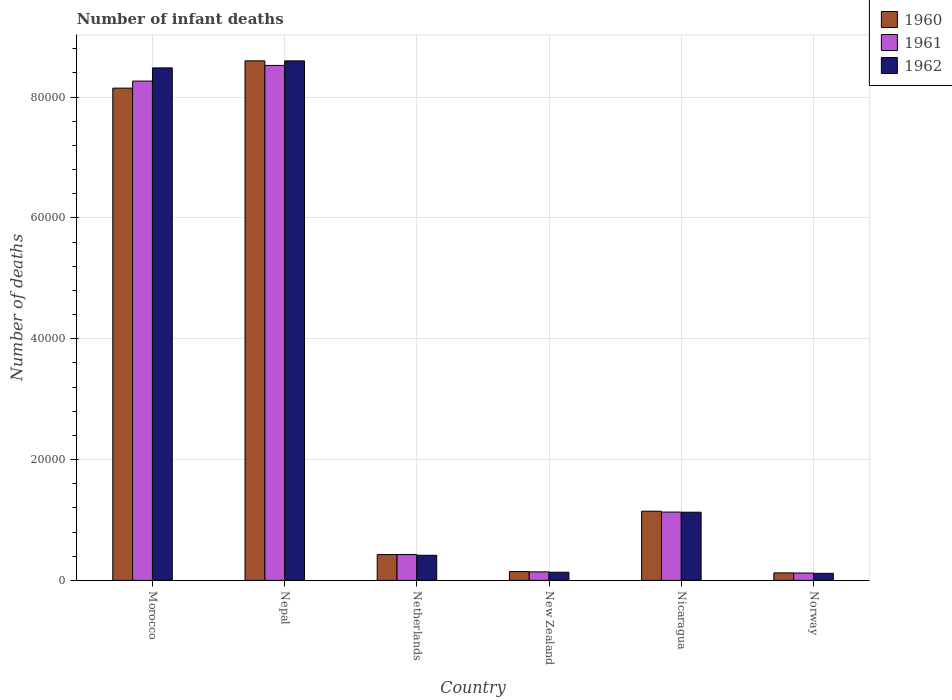
| Country | 1960 | 1961 | 1962 |
 | --- | --- | --- | --- |
 | Morocco | 8.15e+04 | 8.27e+04 | 8.48e+04 |
 | Nepal | 8.6e+04 | 8.53e+04 | 8.6e+04 |
 | Netherlands | 4.28e+03 | 4.29e+03 | 4.16e+03 |
 | New Zealand | 1.46e+03 | 1.41e+03 | 1.35e+03 |
 | Nicaragua | 1.15e+04 | 1.13e+04 | 1.13e+04 |
 | Norway | 1.24e+03 | 1.22e+03 | 1.16e+03 |